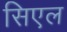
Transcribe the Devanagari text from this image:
सिएल